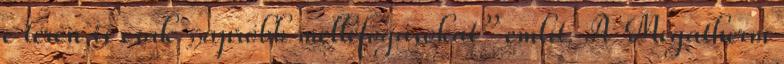
e téren is csak „apróbb melléfogásokat” említ. A Megatherm